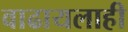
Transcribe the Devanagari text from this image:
वाढायलाही